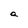
Character: a